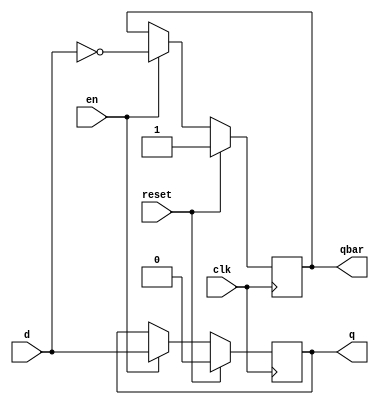
`timescale 1ns / 1ps
//////////////////////////////////////////////////////////////////////////////////
// Company: 
// Engineer: 
// 
// Design Name: 
// Module Name:    EnDflipFlop 
// Project Name: 
// Target Devices: 
// Tool versions: 
// Description: 
//
// Dependencies: 
//
// Revision: 
// Revision 0.01 - File Created
// Additional Comments: 
//
//////////////////////////////////////////////////////////////////////////////////
module EnDflipFlop
#(parameter BITWIDTH=1, PATH_DELAY=3)		// By default 1 bit flip-flop
(

	q,
	qbar,
	d,
	clk,
	reset,
	en

);


output reg [BITWIDTH-1:0] q;
output reg [BITWIDTH-1:0] qbar;
input	 [BITWIDTH-1:0] d;
input	 clk;
input  reset;
input	 en;

always@(posedge clk)		// Asynchronous reset
begin

	if( reset == 1'b1 )
	begin
		q <= #(PATH_DELAY) {BITWIDTH{1'b0}};
		qbar <= #(PATH_DELAY) {BITWIDTH{1'b1}};
	end
	else
	begin
		if( en == 1'b1 )
		begin
			q <= #(PATH_DELAY) d;
			qbar <= #(PATH_DELAY) ~d;
		end
	end
end

endmodule